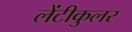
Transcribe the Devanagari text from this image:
लेंटीकुलर